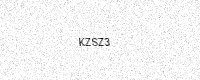
Text: KZSZ3